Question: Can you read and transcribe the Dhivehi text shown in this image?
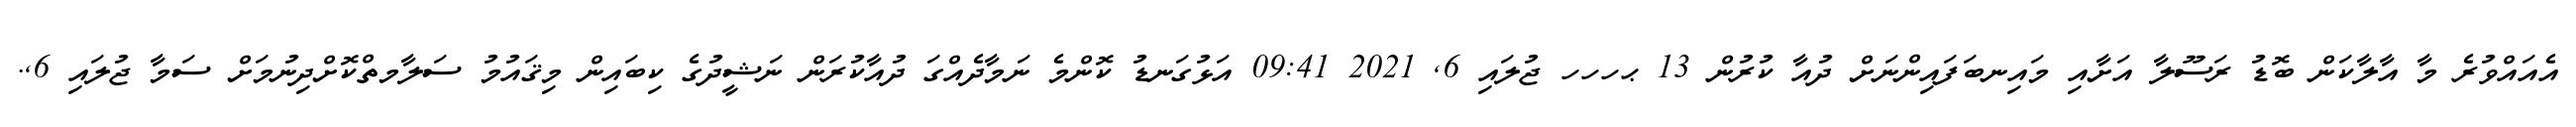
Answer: އެއައްވުރެ މާ އާލާކަން ބޮޑު ރަސޫލާ އަށާއި މައިނބަފައިންނަށް ދުއާ ކުރުން 13 ޙހހހ ޖުލައި 6, 2021 09:41 އަޅުގަނޑު ކޮންމެ ނަމާދެއްގަ ދުއާކުރަން ނަޝީދުގެ ކިބައިން މިޤައުމު ސަލާމތްކޮށްދިނުމަށް ސަމާ ޖުލައި 6,.